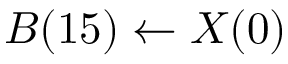
B ( 1 5 ) \leftarrow X ( 0 )